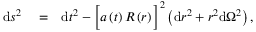
\begin{array} { r l r } { \mathrm { d } s ^ { 2 } } & { { } = } & { \mathrm { d } t ^ { 2 } - \bigg [ a \left( t \right) R \left( r \right) \bigg ] ^ { 2 } \left( \mathrm { d } r ^ { 2 } + r ^ { 2 } \mathrm { d } \Omega ^ { 2 } \right) , } \end{array}